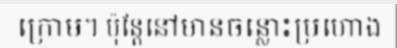
ក្រោម។ ប៉ុន្តែនៅមានចន្លោះប្រហោង